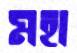
মহা